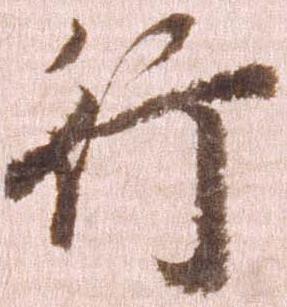
行